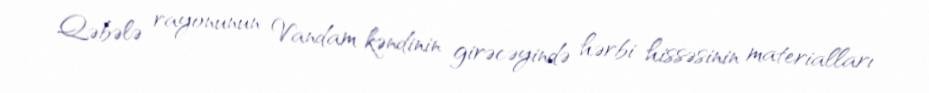
Qəbələ rayonunun Vandam kəndinin girəcəyində hərbi hissəsinin materialları